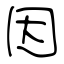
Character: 因